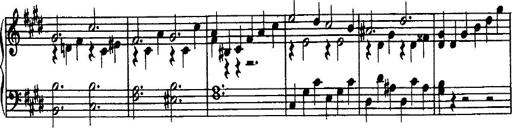
Title: Rondo di bravura
Composer: Franz Liszt